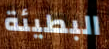
البطيئة